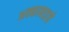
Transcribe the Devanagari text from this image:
अक्काबाइचे